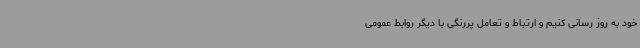
خود به روز رسانی کنیم و ارتباط و تعامل پررنگی با دیگر روابط عمومی